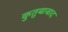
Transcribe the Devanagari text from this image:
कुतुबाबाद